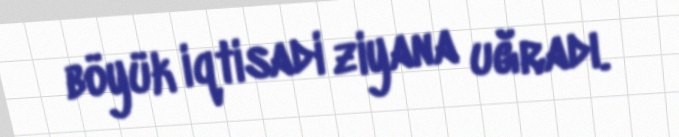
böyük iqtisadi ziyana uğradı.